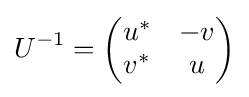
U^{-1}={\begin{pmatrix}u^{*}&-v\\v^{*}&u\end{pmatrix}}